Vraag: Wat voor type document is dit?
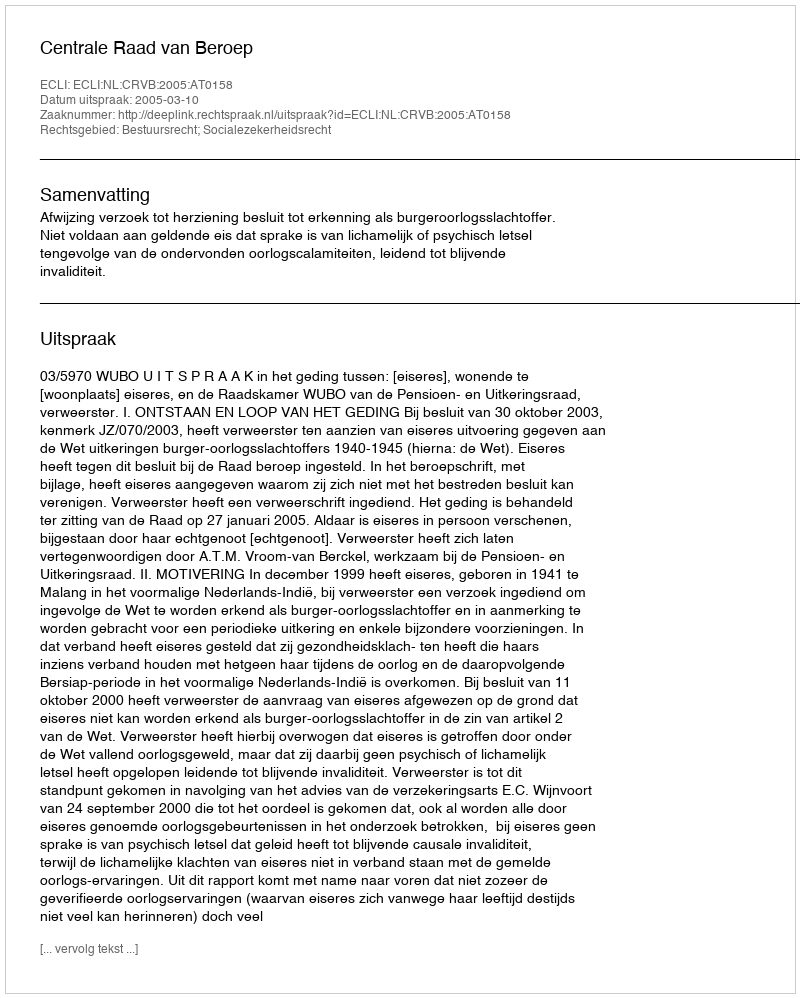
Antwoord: Uitspraak